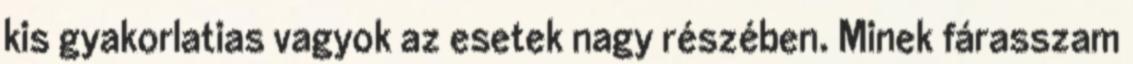
kis gyakorlatias vagyok az esetek nagy részében. Minek fárasszam